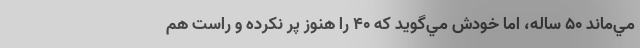
مي‌ماند 50 ساله، اما خودش مي‌گويد كه 40 را هنوز پر نكرده‌ و راست هم